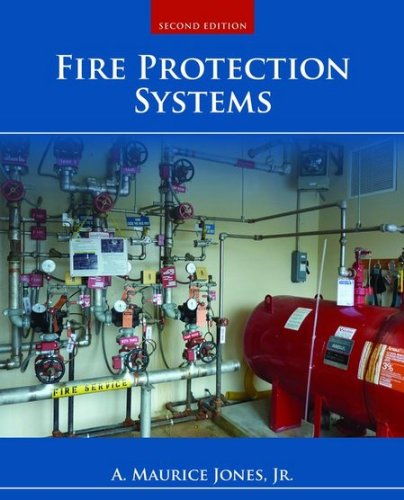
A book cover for Fire Protection Systems; A. Maurice Jones Jr.; Medical Books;